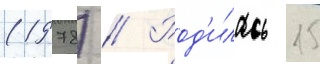
(1978) // Род'илась 15